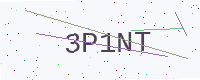
Text: 3P1NT